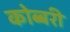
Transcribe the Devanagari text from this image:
कोब्बरी